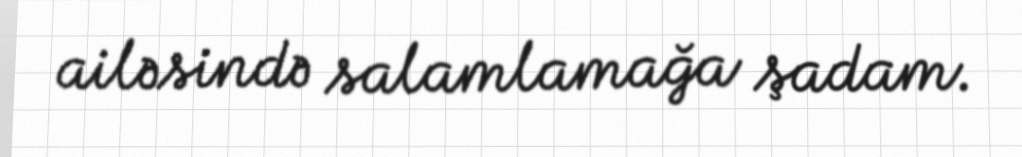
ailəsində salamlamağa şadam.